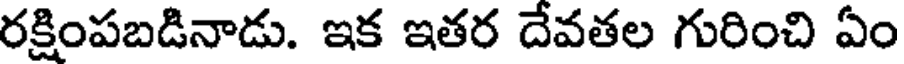
రక్షింపబడినాడు. ఇక ఇతర దేవతల గురించి ఏం